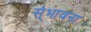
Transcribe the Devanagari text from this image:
स्ंभावना